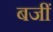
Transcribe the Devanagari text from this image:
बजीं